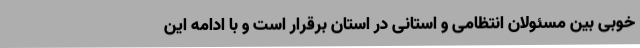
خوبی بین مسئولان انتظامی و استانی در استان برقرار است و با ادامه این